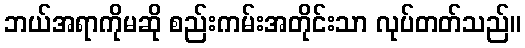
ဘယ်အရာကိုမဆို စည်းကမ်းအတိုင်းသာ လုပ်တတ်သည်။